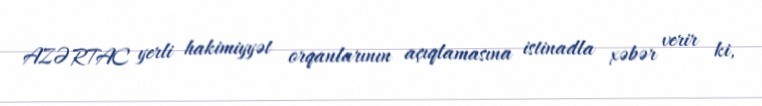
AZƏRTAC yerli hakimiyyət orqanlarının açıqlamasına istinadla xəbər verir ki,